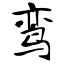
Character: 鸾